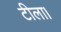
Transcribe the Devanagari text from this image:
टीला।